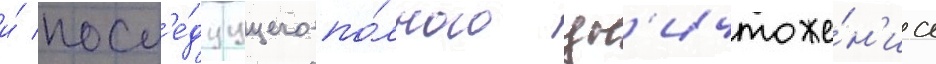
и́ посл'е́дуущего по́лного ун'ичтоже́н'иа